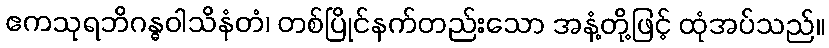
ဧကသုရဘိဂန္ဓဝါသိနံတံ၊ တစ်ပြိုင်နက်တည်းသော အနံ့တို့ဖြင့် ထုံအပ်သည်။